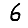
Digit: 6